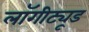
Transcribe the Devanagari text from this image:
लॉगीट्यूड